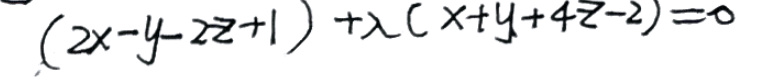
$(2x - y - 2z + 1)+\lambda(x + y + 4z - 2)=0$